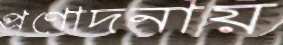
প্রণোদনায়